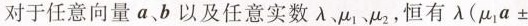
对于任意向量a、b以及任意实数\lambda \mu_{1} \mu_{2}，恒有$$\lambda (\mu_{1}a±$$